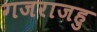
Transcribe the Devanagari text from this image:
गजराजहु